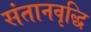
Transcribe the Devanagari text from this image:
संतानवृद्धि